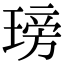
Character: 𤧭